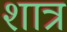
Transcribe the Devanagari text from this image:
शात्र